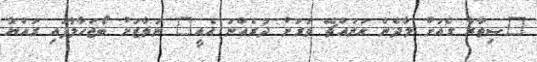
"ސިތާރާ ގެއަށް ލާދެން އަނައްޗޭ ވަރަށް ދުރެއްނު އެއީ" ނަވާޒަށް ބޯޖަހާލާފައި ރައްޔާ